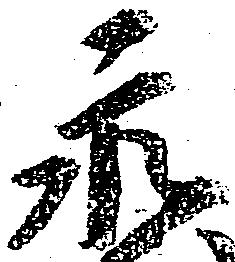
永